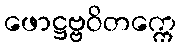
ဖောဋ္ဌဗ္ဗဝိတက္ကေ